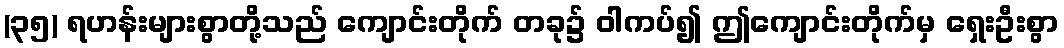
(၃၅) ရဟန်းများစွာတို့သည် ကျောင်းတိုက် တခု၌ ဝါကပ်၍ ဤကျောင်းတိုက်မှ ရှေးဦးစွာ